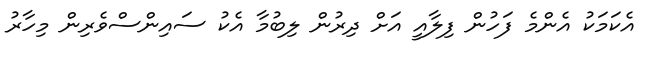
އެކަމަކު އެންމެ ފަހުން ފިލާއީ އަށް ދިރުން ލިބުމާ އެކު ސައިންސްވެރިން މިހާރު